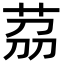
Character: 茘